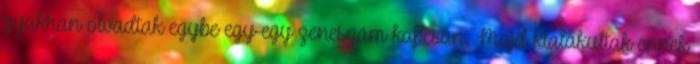
gyakran olvadtak egybe egy-egy zeneszám kapcsán. Majd kialakultak ennek